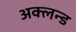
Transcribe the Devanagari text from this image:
अक्लन्ड